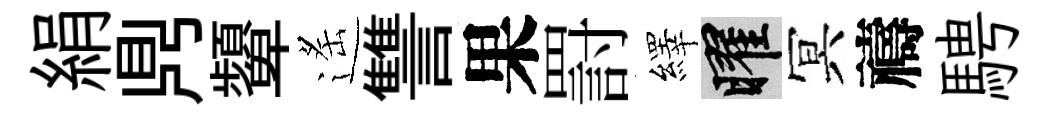
絹𪔂顰遙讐果罸繹曜冥禱騁